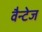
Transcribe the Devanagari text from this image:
वैन्टेज